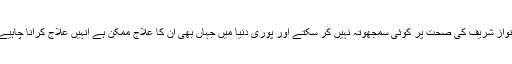
،نواز شریف کی صحت پر کوئی سمجھوتہ نہیں کر سکتے اور پوری دنیا میں جہاں بھی ان کا علاج ممکن ہے انہیں علاج کرانا چاہیے۔